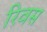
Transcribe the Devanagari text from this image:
रिवस